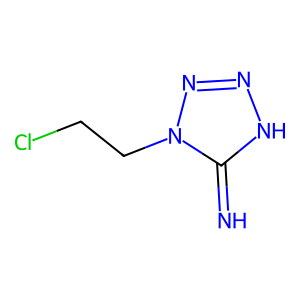
SMILES: N=c1[nH]nnn1CCCl
Inhibits HIV replication: No